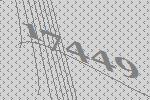
17449